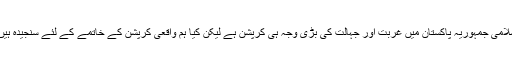
اسلامی جمہوریہ پاکستان میں غربت اور جہالت کی بڑی وجہ ہی کرپشن ہے لیکن کیا ہم واقعی کرپشن کے خاتمے کے لئے سنجیدہ ہیں؟